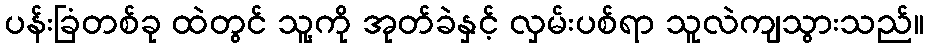
ပန်းခြံတစ်ခု ထဲတွင် သူ့ကို အုတ်ခဲနှင့် လှမ်းပစ်ရာ သူလဲကျသွားသည်။